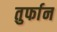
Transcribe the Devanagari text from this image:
तुर्फान